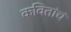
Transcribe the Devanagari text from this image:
कवितांचं